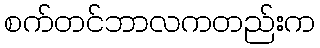
စက်တင်ဘာလကတည်းက